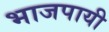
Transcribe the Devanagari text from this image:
भाजपायी